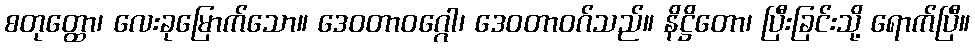
စတုတ္ထော၊ လေးခုမြောက်သော။ ဒေဝတာဝဂ္ဂေါ၊ ဒေဝတာဝဂ်သည်။ နိဋ္ဌိတော၊ ပြီးခြင်းသို့ ရောက်ပြီ။